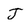
Character: J